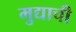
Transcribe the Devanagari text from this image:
मुद्याची